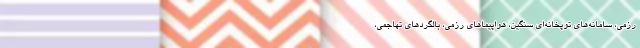
رزمی، سامانه‌های توپخانه‌ای سنگین، هواپیماهای رزمی، بالگردهای تهاجمی،